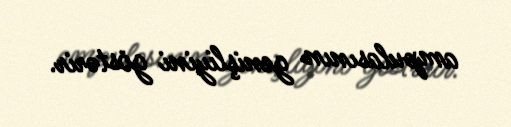
ampulasının genişliyini göstərir.